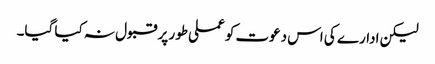
لیکن ادارے کی اس دعوت کو عملی طور پر قبول نہ کیا گیا۔